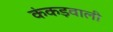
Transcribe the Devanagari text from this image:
कंकड़वाली